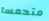
متحمسا